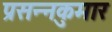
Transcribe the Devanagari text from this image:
प्रसन्‍नकुमार